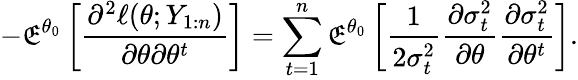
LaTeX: -\mathfrak{E}^{\theta_{0}}\left[\frac{{\partial^{2}\ell(\theta;Y_{1:n})}}{{\partial\theta\partial\theta^{t}}}\right]=\sum_{t=1}^{n}\mathfrak{E}^{\theta_{0}}\left[\frac{{1}}{{2\sigma_{t}^{2}}}\frac{{\partial\sigma_{t}^{2}}}{{\partial\theta}}\frac{{\partial\sigma_{t}^{2}}}{{\partial\theta^{t}}}\right].